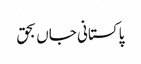
پاکستانی جاں بحق